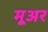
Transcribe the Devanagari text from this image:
मूअर